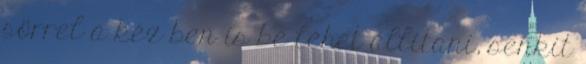
sörrel a kéz­ ben is be lehet állítani, senkit